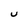
Character: U